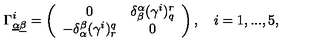
\Gamma _ { \underline { \alpha } \underline { \beta } } ^ { i } = \left( \begin{array} { c c } { 0 } & { \delta _ { \beta } ^ { \alpha } ( \gamma ^ { i } ) _ { q } ^ { r } } \\ { - \delta _ { \alpha } ^ { \beta } ( \gamma ^ { i } ) _ { r } ^ { q } } & { 0 } \\ \end{array} \right) , \quad i = 1 , . . . , 5 ,